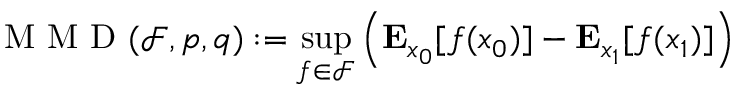
\mathrm { ~ M ~ M ~ D ~ } ( \mathcal { F } , p , q ) : = \operatorname* { s u p } _ { f \in \mathcal { F } } \left( \mathbf { E } _ { x _ { 0 } } [ f ( x _ { 0 } ) ] - \mathbf { E } _ { x _ { 1 } } [ f ( x _ { 1 } ) ] \right)